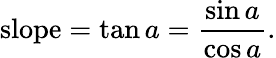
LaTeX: {\mathrm{slope}}=\tan a={\frac{\sin a}{\cos a}}.